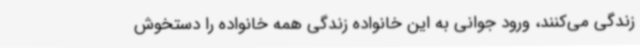
زندگی می‌کنند، ورود جوانی به این خانواده زندگی همه خانواده را دستخوش